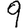
Digit: 9